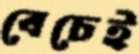
বেচেই